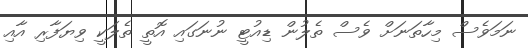
ނަމަވެސް މިހާތަނަށް ވެސް ތެލުން ޑިއުޓީ ނުނަގައި އޮތީ ތެލަކީ ވިޔަފާރި އާއި